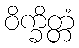
ဝိက္ခိတ္တံ